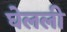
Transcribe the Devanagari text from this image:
घेलली